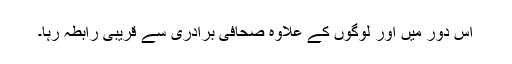
اس دور میں اور لوگوں کے علاوہ صحافی برادری سے قریبی رابطہ رہا۔